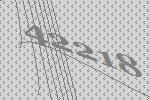
42218